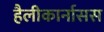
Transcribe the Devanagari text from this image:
हैलीकार्नासस